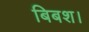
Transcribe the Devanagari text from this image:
बिबश।